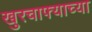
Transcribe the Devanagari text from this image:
खुरचाफ्याच्या